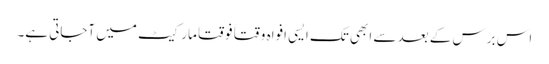
اس برس کے بعد سے ابھی تک ایسی افواہ وقتاََ فوقتاََ مارکیٹ میں آجاتی ہے۔